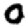
Digit: 0